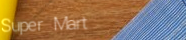
Super Mart